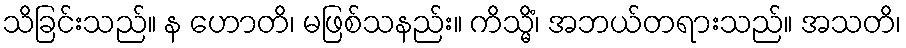
သိခြင်းသည်။ န ဟောတိ၊ မဖြစ်သနည်း။ ကိသ္မိံ၊ အဘယ်တရားသည်။ အသတိ၊